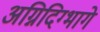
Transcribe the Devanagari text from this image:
अग्निदिग्भागे